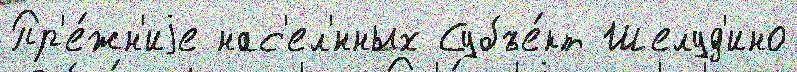
Пр'е́жн'иjе нас'ел'́нных Субъе́кт Шелуд'ино